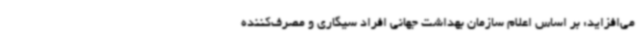
می‌افزاید: بر اساس اعلام سازمان بهداشت جهانی افراد سیگاری و مصرف‌کننده